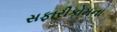
સફારીકોમના